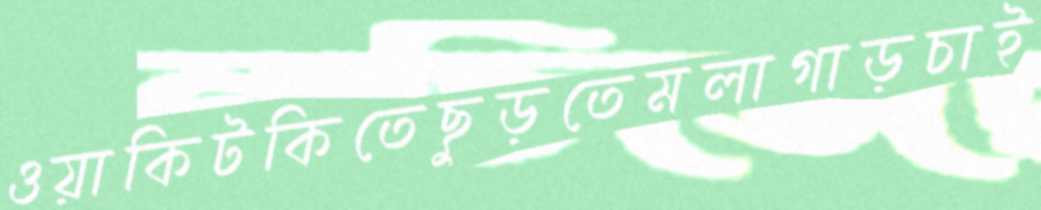
ওয়াকিটকিতেছুড়তেমলাগাড়চাই